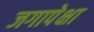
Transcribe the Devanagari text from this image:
जगापेक्षा